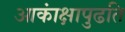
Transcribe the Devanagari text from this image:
आकांक्षापुढति